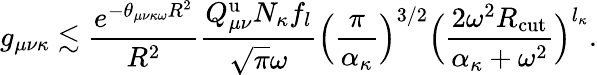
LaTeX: g_{\mu\nu\kappa}\lesssim\frac{e^{-\theta_{\mu\nu\kappa\omega}R^{2}}}{R^{2}}\frac{Q_{\mu\nu}^{\mathrm{u}}N_{\kappa}f_{l}}{\sqrt{\pi}\omega}\Big(\frac{\pi}{\alpha_{\kappa}}\Big)^{3/2}\Big(\frac{2\omega^{2}R_{\mathrm{cut}}}{\alpha_{\kappa}+\omega^{2}}\Big)^{l_{\kappa}}.